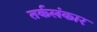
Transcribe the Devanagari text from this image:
तर्कलंकार